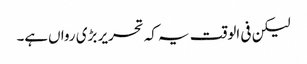
لیکن فی الوقت یہ کہ تحریر بڑی رواں‌ہے۔